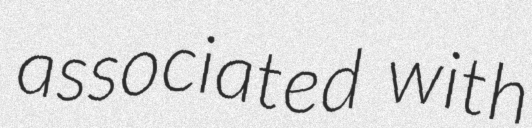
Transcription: associated with